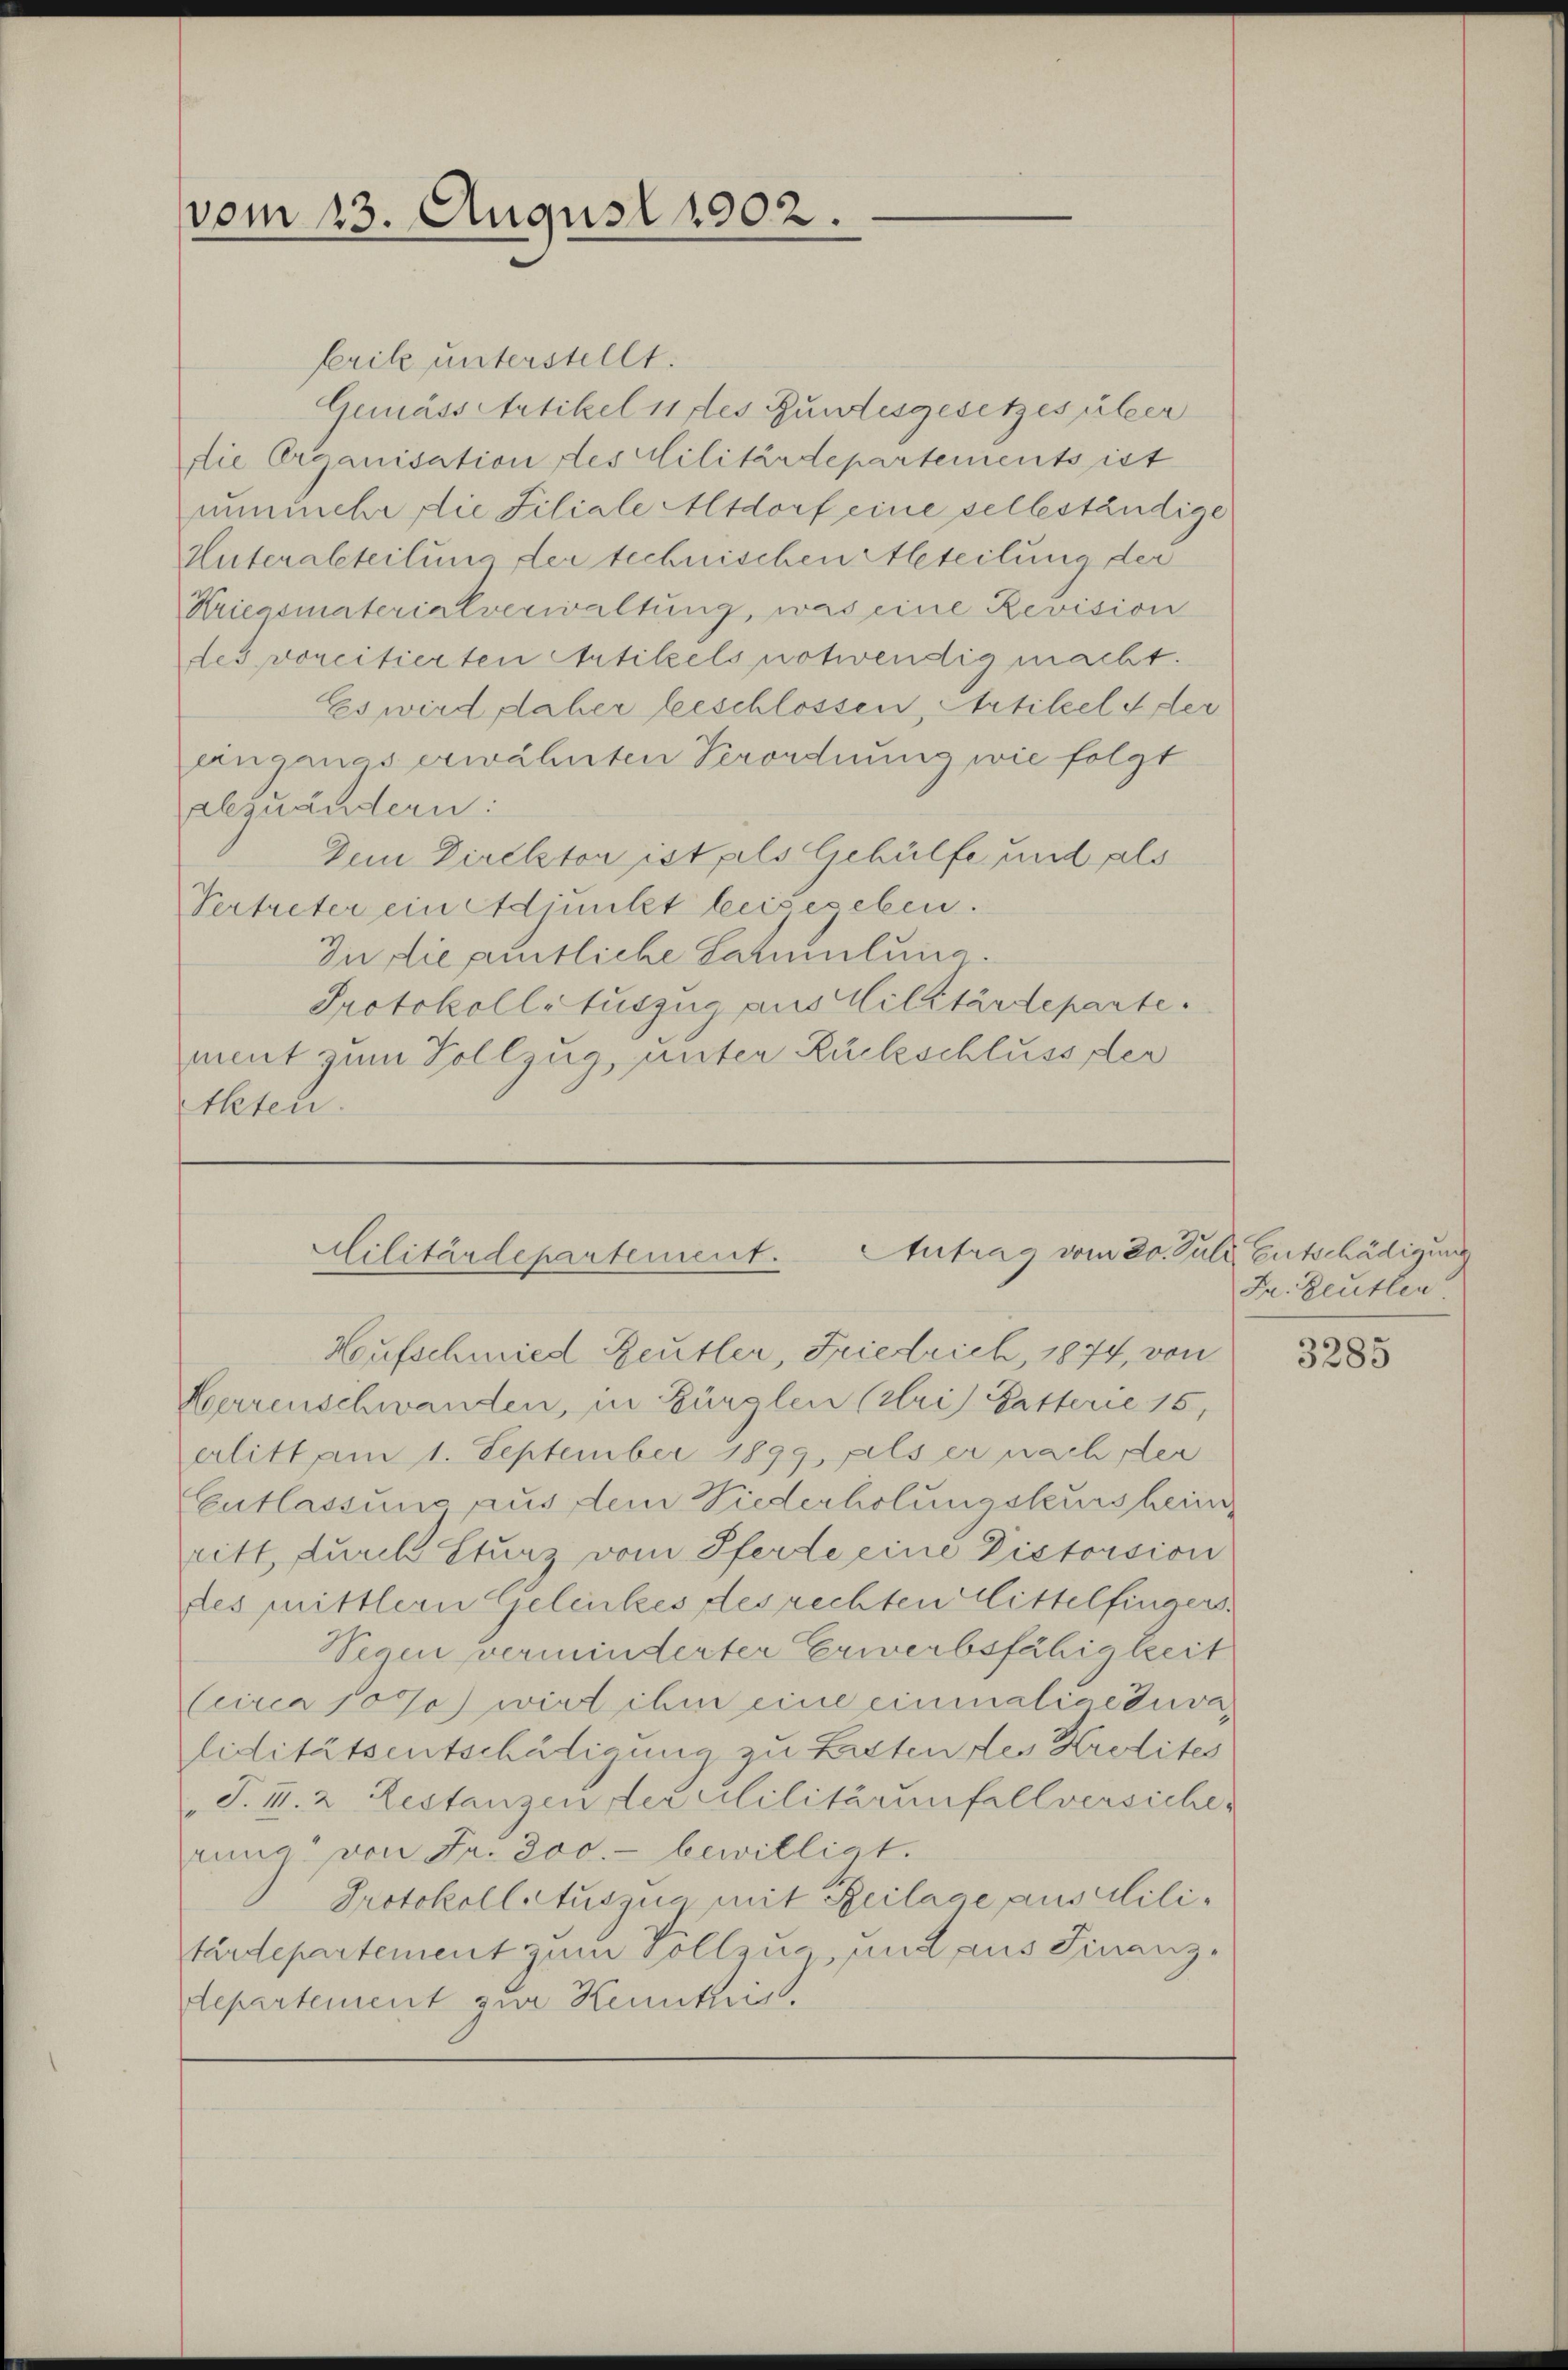
vom 23. August 1902.

ferik unterstellt.
Gemässertikel 11 des Bundesgesetzes über
die Organisation des Militärdepartements ist
nunmehr die Filiale Altdorf eine selbeständige
Unteralsteilung der technischen Abteilung der
Kriegsmaterialverwaltung, was eine Revision
des vorcitierten Artikels notwendig macht.
Es wird daher beschlossen, Artikel der
ainganas erwähnten Verordnung wie folgt
abzuändern:
Dem Direktor ist als Gehülfe und als
Vertreter ein Adjunkt beisegeben.
In die amtliche Sammlung.
Protokollsauszug aus Militärdeparte.
ment zum Vollzug, unter Rückschluss der
tkten.

Militärdepartement. Antrag vom 20. Juli Entschädigung
Hufschmied Reutler, Friedrich, 1874, von

Herrenschwanden, in Bürglen (Kris Gatterie 15,
erlitt am 1. September 1899, fils er nach der
Entlassung aus dem Niederholungsteurs heim
ritt, durch Sturz vom Pferde eine Pistorsion
des mittlern Gelenkes des rechten Mittelfingers.
Segen verminderter Erwerbsfähigkeit
Circa 10 Jo) wird ihm eine einmalige Invaliditätsentschätigung zu Lasten des Kredites
T. II. 2. Restanzen der Militärinfallversiche
rung von Fr. 800.- bewilligt.
Protokoll Auszua mit Feilage aus Militärdepartement zum Vollzug und aus Finanzdepartement zur Kennten.

Dr. Heusler.

3285